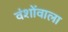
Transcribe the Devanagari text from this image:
वंशोंवाला